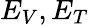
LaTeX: E_{V},E_{T}